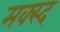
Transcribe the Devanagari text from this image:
मक्स्द